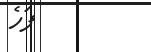
ފަހެ